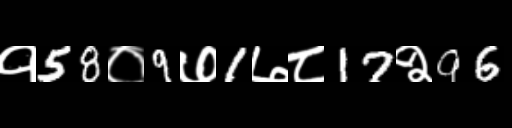
Text: १58०9७1७८17२96